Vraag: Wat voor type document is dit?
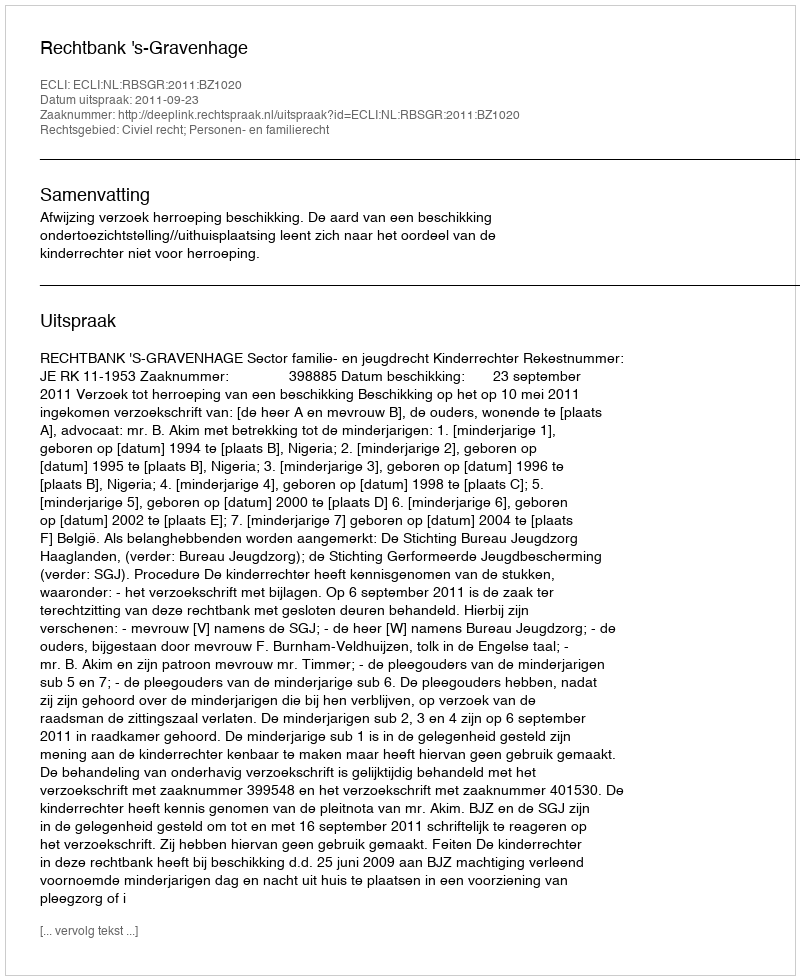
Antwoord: Uitspraak